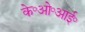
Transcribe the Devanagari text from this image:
के॰ओ॰आई॰